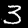
Label: 3